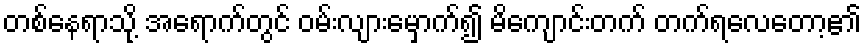
တစ်နေရာသို့ အရောက်တွင် ဝမ်းလျားမှောက်၍ မိကျောင်းတက် တက်ရလေတော့၏